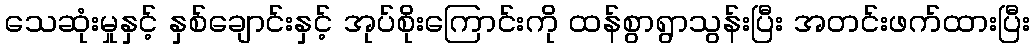
သေဆုံးမှုနှင့် နှစ်ချောင်းနှင့် အုပ်စိုးကြောင်းကို ထန်စွာရွာသွန်းပြီး အတင်းဖက်ထားပြီး